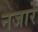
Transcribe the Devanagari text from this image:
नजारें